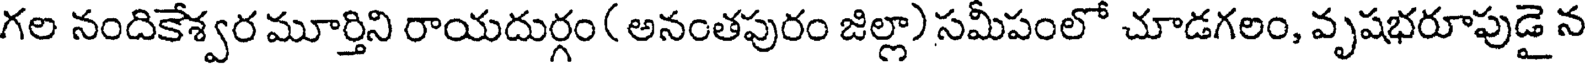
గల నందికేశ్వర మూర్తిని రాయదుర్గం ( అనంతపురం జిల్లా) సమీపంలో చూడగలం, వృషభరూపుడై న